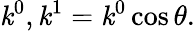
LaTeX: \mathit{k}^{0},\mathit{k}^{1}=\mathit{k}^{0}\cos\theta.